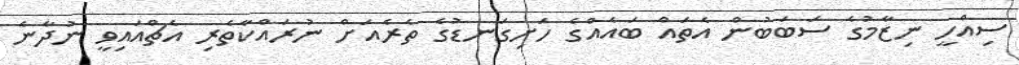
ސިއްހީ ނިޒާމުގެ ސަބަބުން އެތައް ބައެއްގެ ހަށިގަނޑުގެ ތެރެއަށް ނުރައްކާތެރި އެޗްއައިވީ ނުދާނެ